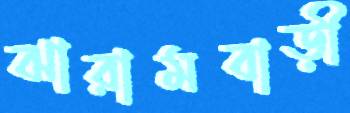
ঝারামবাড়ী